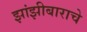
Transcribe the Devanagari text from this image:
झांझीबाराचे